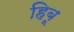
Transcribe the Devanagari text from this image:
हिबू